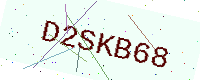
Text: D2SKB68